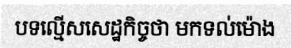
បទល្មើសសេដ្ឋកិច្ចថា មកទល់ម៉ោង